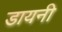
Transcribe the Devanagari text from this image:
डायनी